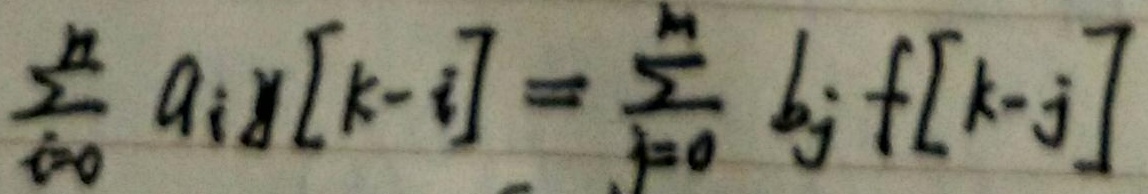
$\sum_{i = 0}^{n}a_iy[k - i]=\sum_{j = 0}^{m}b_jf[k - j]$